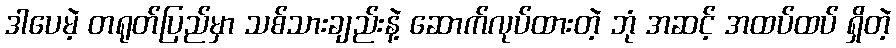
ဒါပေမဲ့ တရုတ်ပြည်မှာ သစ်သားချည်းနဲ့ ဆောက်လုပ်ထားတဲ့ ဘုံ အဆင့် အထပ်ထပ် ရှိတဲ့